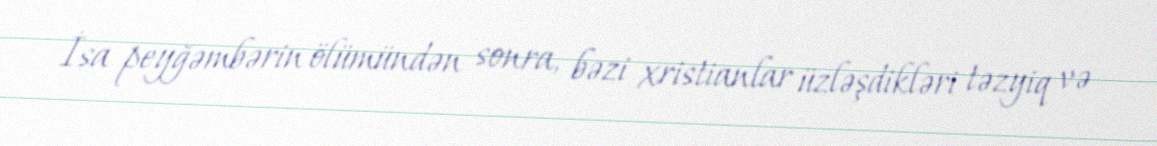
İsa peyğəmbərin ölümündən sonra, bəzi xristianlar üzləşdikləri təzyiq və